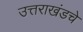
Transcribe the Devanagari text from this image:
उत्तराखंडचे